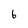
Character: 6